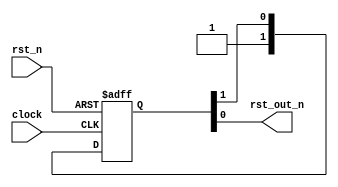
// ****************************************************************************
// * 
// *    Code by Denno Wiggle aka WTM.
// *
// *    Copyright (C) 2023 Denno Wiggle
// *
// *    -- Synchronize a reset signal to the clock domain
// * 
// ****************************************************************************
// * 
// *    This library is free software; you can redistribute it and/or
// *    modify it under the terms of the GNU Lesser General Public
// *    License as published by the Free Software Foundation; either
// *    version 2.1 of the License, or (at your option) any later version.
// *
// *    This library is distributed in the hope that it will be useful,
// *    but WITHOUT ANY WARRANTY; without even the implied warranty of
// *    MERCHANTABILITY or FITNESS FOR A PARTICULAR PURPOSE.  See the GNU
// *    Lesser General Public License for more details.
// *
// *    You should have received a copy of the GNU Lesser General Public
// *    License along with this library; if not, write to the Free Software
// *    Foundation, Inc., 51 Franklin Street, Fifth Floor, Boston, MA 02110-1301
// *    USA
// *
// ****************************************************************************
// Don't allow inferred nets as that can cause debug issues
`default_nettype none

module wtm_resetSync #(
    parameter WIDTH = 2
)
(
    input wire clock,
    input wire rst_n,
    output wire rst_out_n
);

    // Use an n = WIDTH flip-flop synchronizer
    reg [1:WIDTH] syncReg;

    always @(negedge rst_n, posedge clock) 
    begin
        if (rst_n == 1'b0) 
        begin
            syncReg <= {WIDTH{1'b0}};
        end else 
        begin
            syncReg <= {1'b1, syncReg[1:WIDTH - 1]};
        end
    end

    assign rst_out_n = syncReg[WIDTH];

endmodule